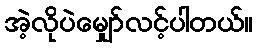
အဲ့လိုပဲမျှော်လင့်ပါတယ်။